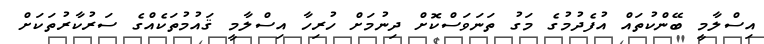
އިސްލާމީ ބޭންކުތައް އުފެދުމުގެ މަގު ތަނަވަސްކޮށް ދިނުމަށް ހުރިހާ އިސްލާމީ ޤައުމުތަކެއްގެ ސަރުކާރުތަކަށް